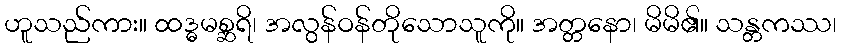
ဟူသည်ကား။ ထဒ္ဓမစ္ဆရိ၊ အလွန်ဝန်တိုသောသူကို။ အတ္တနော၊ မိမိ၏။ သန္တကဿ၊